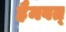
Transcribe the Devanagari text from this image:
हैमवत्